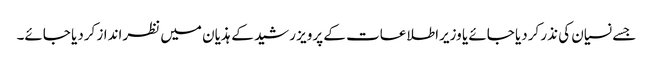
جسے نسیان کی نذر کردیا جائے یا وزیراطلاعات کے پرویز رشید کے ہذیان میں نظرانداز کردیا جائے۔